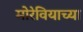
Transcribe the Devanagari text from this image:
मोरेवियाच्या